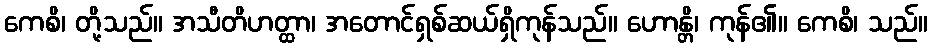
ကေစိ၊ တို့သည်။ အသီတိဟတ္ထာ၊ အတောင်ရှစ်ဆယ်ရှိကုန်သည်။ ဟောန္တိ၊ ကုန်၏။ ကေစိ၊ သည်။